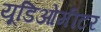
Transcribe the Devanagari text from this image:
यूडिओमीटर